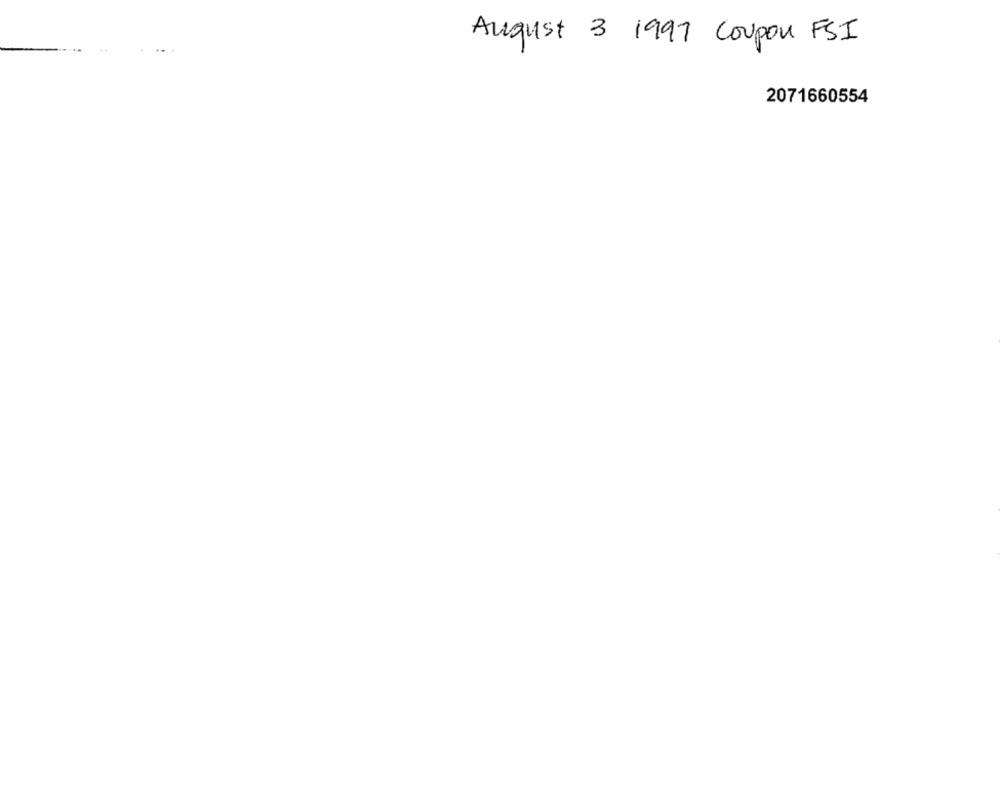
August 3 1997 Coupon FSI
2071660554